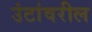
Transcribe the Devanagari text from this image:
उंटांवरील